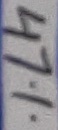
Text: 47%